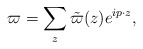
\begin{align*}\varpi=\sum_{z}\tilde{\varpi}(z)e^{ip\cdot z},\end{align*}